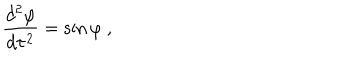
LaTeX: { \frac { d ^ { 2 } \varphi } { d \tau ^ { 2 } } } = \sin \varphi \ ,